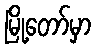
မြို့တော်မှာ